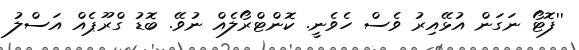
''ފޮޓޯ ނަގަން އުޅޭއިރު ވެސް ހެވެނީ. ކޮންޓްރޯލެއް ނުވޭ. ބޮޑު ގްރޫޕެއް އަސްލު